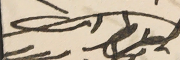
المطران